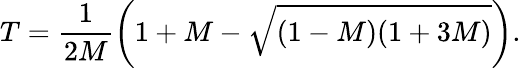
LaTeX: T=\frac{1}{2M}\left(1+M-\sqrt{(1-M)(1+3M)}\right).